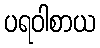
ပရဝါစာယ